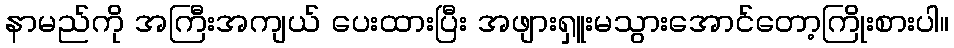
နာမည်ကို အကြီးအကျယ် ပေးထားပြီး အဖျားရှူးမသွားအောင်တော့ကြိုးစားပါ။